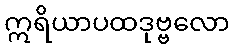
ဣရိယာပထဒုဗ္ဗလော